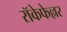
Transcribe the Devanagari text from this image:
रॉकेफेल्लर